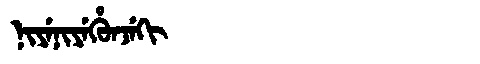
Manchu: ᠨᡳᠶᡝᠨᡳᠶᡝᡥᡠᠨᠵᡝᡴᡳ
Romanization: NIYENIYEHUNJEKI